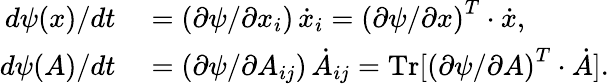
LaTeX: \begin{array}{rl}{d\psi(x)/dt}&{{}=(\partial\psi/\partial x_{i})\, \dot{x}_{i}=\left(\partial\psi/\partial x\right)^{T}\cdot\dot{x},}\\ {d\psi(A)/dt}&{{}=(\partial\psi/\partial A_{ij})\, \dot{A}_{ij}=\operatorname*{Tr}[\left(\partial\psi/\partial A\right)^{T}\cdot\dot{A}].}\end{array}